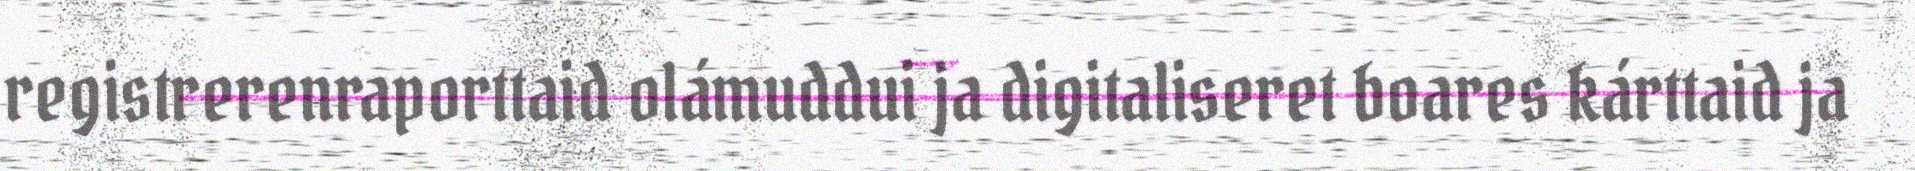
registrerenraporttaid olámuddui ja digitaliseret boares kárttaid ja